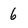
Character: 6